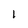
Character: 1